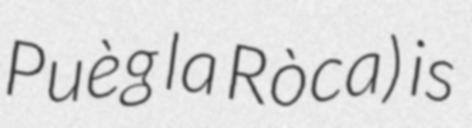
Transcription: Puèg la Ròca) is